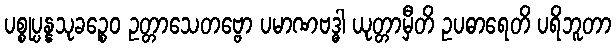
ပစ္စုပ္ပန္နသုခဉ္စေဝ ဥတ္တာသေတဗ္ဗော ပမာဏဗဒ္ဓါ ယုတ္တာမှီတိ ဥပဓာရေတိ ပရိဘူတာ